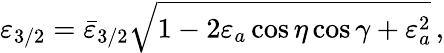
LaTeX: \varepsilon_{3/2}=\bar{\varepsilon}_{3/2}\sqrt{1-2\varepsilon_{a}\cos\eta\cos\gamma+\varepsilon_{a}^{2}}\, ,